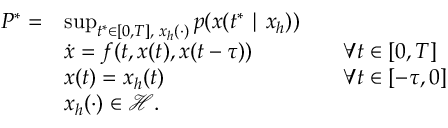
\begin{array} { r l r l } { P ^ { * } = } & { \operatorname* { s u p } _ { t ^ { * } \in [ 0 , T ] , \; x _ { h } ( \cdot ) } p ( x ( t ^ { * } \mid x _ { h } ) ) } & \\ & { \dot { x } = f ( t , x ( t ) , x ( t - \tau ) ) } & & { \forall t \in [ 0 , T ] } \\ & { x ( t ) = x _ { h } ( t ) } & & { \forall t \in [ - \tau , 0 ] } \\ & { x _ { h } ( \cdot ) \in \mathcal { H } . } \end{array}